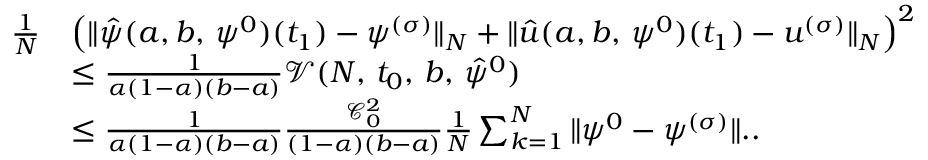
\begin{array} { r l } { \frac { 1 } { N } } & { \left( \| \hat { \psi } ( a , b , \, \psi ^ { 0 } ) ( t _ { 1 } ) - \psi ^ { ( \sigma ) } \| _ { N } + \| \hat { u } ( a , b , \, \psi ^ { 0 } ) ( t _ { 1 } ) - u ^ { ( \sigma ) } \| _ { N } \right) ^ { 2 } } \\ & { \leq \frac { 1 } { \alpha ( 1 - \alpha ) ( b - a ) } \mathcal V ( N , \, t _ { 0 } , \, b , \, \hat { \psi } ^ { 0 } ) } \\ & { \leq \frac { 1 } { \alpha ( 1 - \alpha ) ( b - a ) } \frac { \mathcal C _ { 0 } ^ { 2 } } { ( 1 - \alpha ) ( b - a ) } \frac { 1 } { N } \sum _ { k = 1 } ^ { N } \| \psi ^ { 0 } - \psi ^ { ( \sigma ) } \| . . } \end{array}